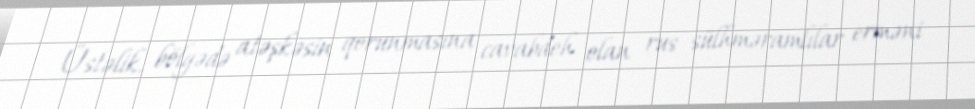
Üstəlik, bölgədə atəşkəsin qorunmasına cavabdeh olan rus sülhməramlılar erməni